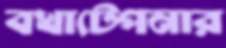
বখাটেপনার